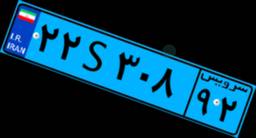
۲۲S۳۰۸۹۲